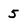
Character: 5